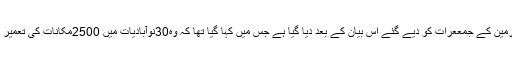
یہ انتباہ اسرائیل کے وزیر دفاع اویگدار لیبرمین کے جمععرات کو دیے گئے اس بیان کے بعد دیا گیا ہے جس میں کہا گیا تھا کہ وہ30نوآبادیات میں 2500مکانات کی تعمیر کے لیے حتمی منظور ی حاصل کریںگے۔